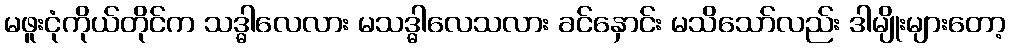
မဖူးငုံကိုယ်တိုင်က သဒ္ဓါလေလား မသဒ္ဓါလေသလား ခင်နှောင်း မသိသော်လည်း ဒါမျိုးများတော့